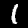
Label: 1